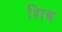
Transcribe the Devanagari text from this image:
शिब